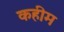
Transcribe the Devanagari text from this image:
कहीम